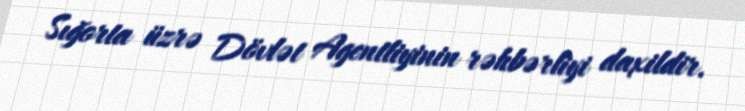
Sığorta üzrə Dövlət Agentliyinin rəhbərliyi daxildir.